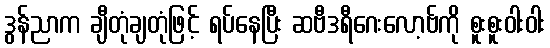
ဒွန်ညာက ချီတုံချတုံဖြင့် ရပ်နေပြီး ဆဗီဒရီဂေးလော့ဗ်ကို စူးစူးဝါးဝါး